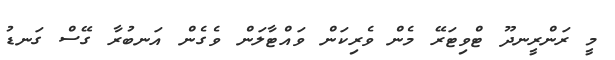
މީ ރަންރީނދޫ ޓްވިޓަރޭ މެން ވެރިކަން ވައްޓާލަން ވެގެން އަނބުރާ ގޭސް ގަނޑު